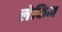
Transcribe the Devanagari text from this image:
लेकिम